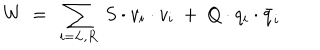
W ~ = ~ \sum _ { i = L , R } ~ S \cdot v _ { i } \cdot v _ { i } ~ + ~ Q \cdot q _ { i } \cdot \bar { q } _ { i }